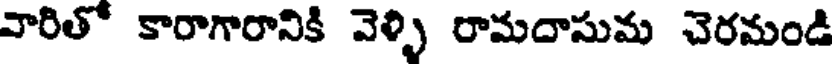
వారితో కారాగారానికి వెళ్ళి రామదాసుమ చెరమండి